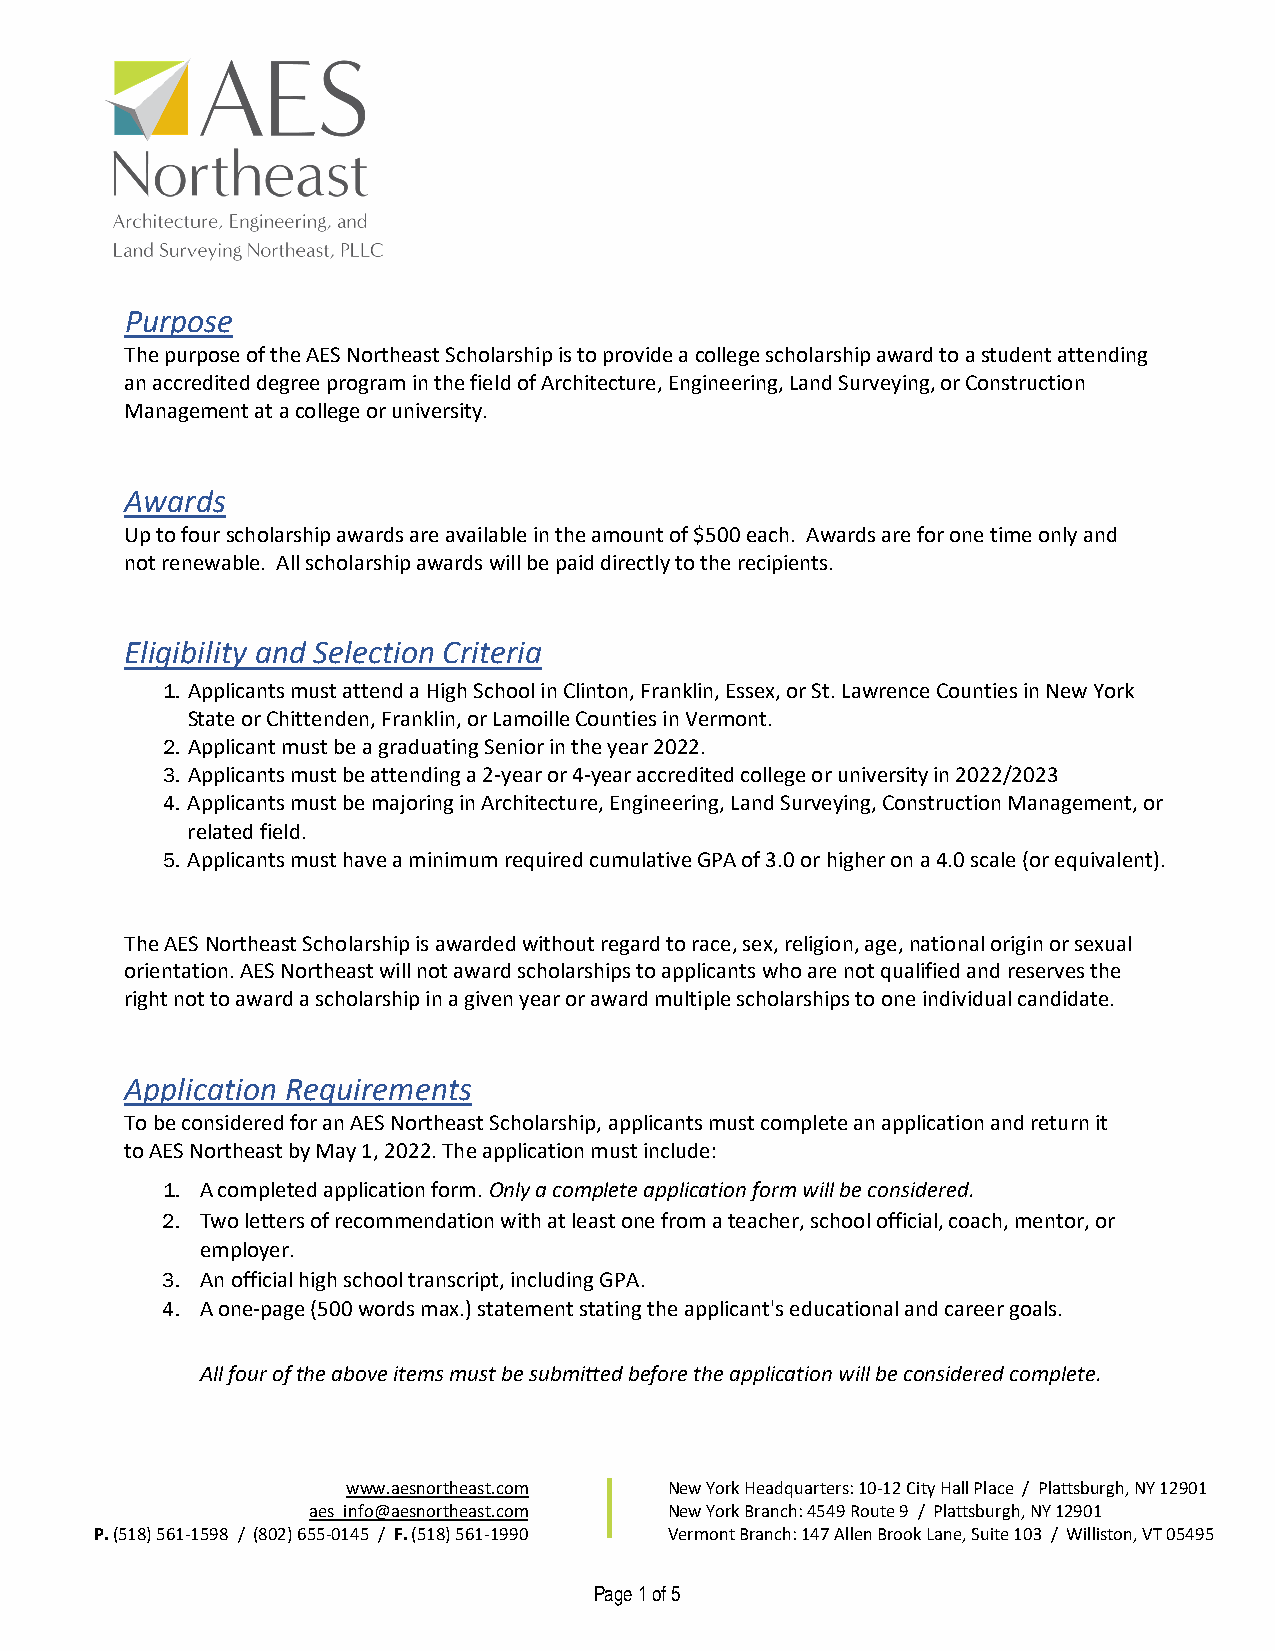
Purpose
 The purpose of the AES Northeast Scholarship is to provide a college scholarship award to a student attending
 an accredited degree program in the field of Architecture, Engineering, Land Surveying, or Construction
 Management at a college or university.
 Awards
 Up to four scholarship awards are available in the amount of $500 each. Awards are for one time only and
 not renewable. All scholarship awards will be paid directly to the recipients.
 Eligibility and Selection Criteria
 1. Applicants must attend a High School in Clinton, Franklin, Essex, or St. Lawrence Counties in New York
 State or Chittenden, Franklin, or Lamoille Counties in Vermont.
 2. Applicant must be a graduating Senior in the year 2022.
 3. Applicants must be attending a 2-year or 4-year accredited college or university in 2022/2023
 4. Applicants must be majoring in Architecture, Engineering, Land Surveying, Construction Management, or
 related field.
 5. Applicants must have a minimum required cumulative GPA of 3.0 or higher on a 4.0 scale (or equivalent).
 The AES Northeast Scholarship is awarded without regard to race, sex, religion, age, national origin or sexual
 orientation. AES Northeast will not award scholarships to applicants who are not qualified and reserves the
 right not to award a scholarship in a given year or award multiple scholarships to one individual candidate.
 Application Requirements
 To be considered for an AES Northeast Scholarship, applicants must complete an application and return it
 to AES Northeast by May 1, 2022. The application must include:
 1. A completed application form. Only a complete application form will be considered.
 2. Two letters of recommendation with at least one from a teacher, school official, coach, mentor, or
 employer.
 3. An official high school transcript, including GPA.
 4. A one-page (500 words max.) statement stating the applicant's educational and career goals.
 All four of the above items must be submitted before the application will be considered complete.
 www.aesnortheast.com New York Headquarters: 10-12 City Hall Place / Plattsburgh, NY 12901
 aes_info@aesnortheast.com New York Branch: 4549 Route 9 / Plattsburgh, NY 12901
 P.(518) 561-1598 / (802) 655-0145 / F. (518) 561-1990 Vermont Branch: 147 Allen Brook Lane, Suite 103 / Williston, VT 05495
 Page 1 of 5